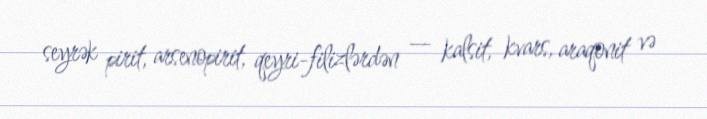
seyrək pirit, arsenopirit, qeyri-filizlərdən — kalsit, kvars, araqonit və